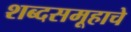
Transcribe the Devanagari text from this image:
शब्दसमूहाचे